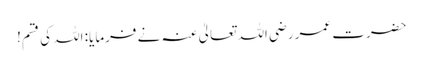
حضرت عمر رضی اللہ تعالیٰ عنہ نے فرمایا: اللہ کی قسم!